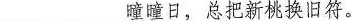
___瞳瞳日，总把新桃换旧符。